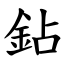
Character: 鉆